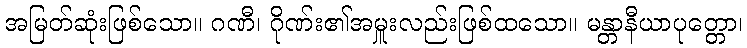
အမြတ်ဆုံးဖြစ်သော။ ဂဏီ၊ ဂိုဏ်း၏အမှူးလည်းဖြစ်ထသော။ မန္တာနီယာပုတ္တော၊